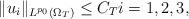
LaTeX: \begin{align*}\|u_i\|_{L^{p_0}(\Omega_T)} \leq C_T i=1,2,3,\end{align*}